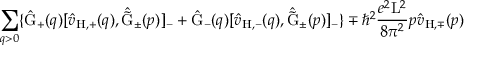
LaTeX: \sum _ { q > 0 } \{ \hat { \mathrm { G } } _ { + } ( q ) [ \hat { v } _ { \mathrm { H , + } } ( q ) , \hat { \tilde { \mathrm { G } } } _ { \pm } ( p ) ] _ { - } + \hat { \mathrm { G } } _ { - } ( q ) [ \hat { v } _ { \mathrm { H , - } } ( q ) , \hat { \tilde { \mathrm { G } } } _ { \pm } ( p ) ] _ { - } \} \mp { \hbar } ^ { 2 } \frac { e ^ { 2 } \mathrm { L } ^ { 2 } } { 8 { \pi } ^ { 2 } } p \hat { v } _ { \mathrm { H , \mp } } ( p )